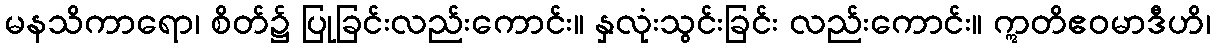
မနသိကာရော၊ စိတ်၌ ပြုခြင်းလည်းကောင်း။ နှလုံးသွင်းခြင်း လည်းကောင်း။ ဣတိဧဝမာဒီဟိ၊